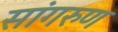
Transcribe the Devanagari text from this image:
सांगरुण